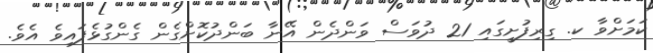
ކަމަށްވާ ކ. ގިރިފުށީގައި 21 ދުވަސް ވަންދެން އޭނާ ބަންދުކޮށްގެން ގެންގުޅެފައިވެ އެވެ.